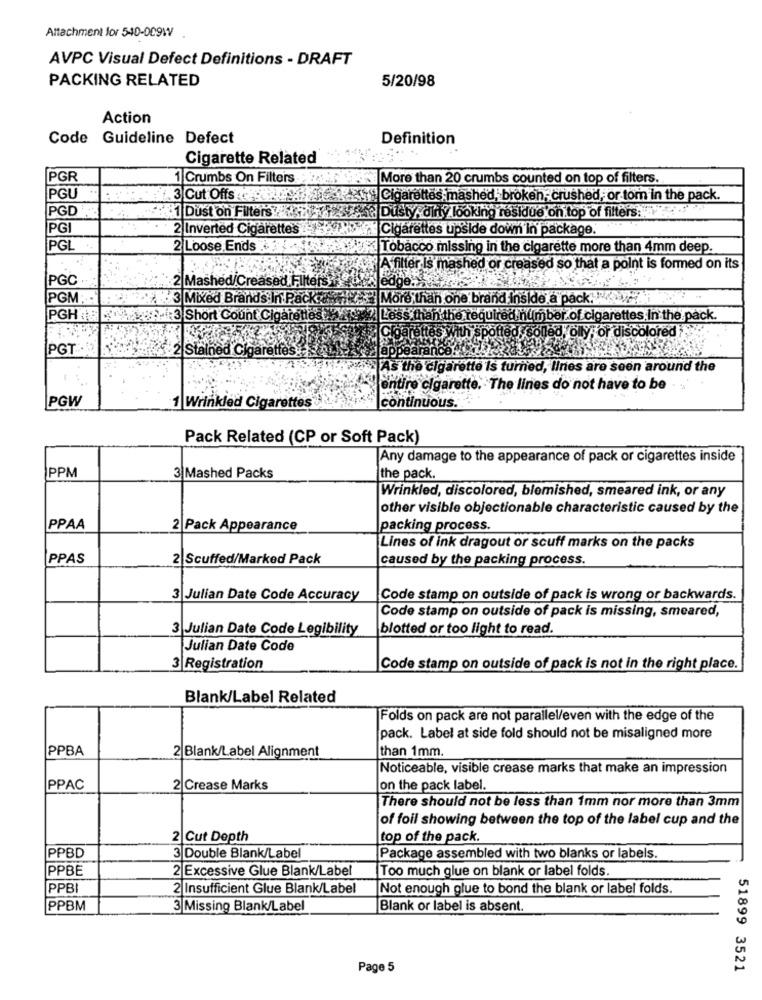
Attachment for 540-009WV
AVPC Visual Defect Definitions - DRAFT
PACKING RELATED
5/20/98
Action
Code Guideline Defect
Definition
Cigarette Related
PGR
1 Crumbs On Filters
More than 20 crumbs counted on top of filters.
PGU
3 Cut Offs
Cigarettes mashed, broken, crushed, or tom in the pack.
PGD
Dusty, dirty looking residue on top of filters:
#1 Dust on Filters 2
PGI
2 Inverted Cigarettes - Cigarettes upside down in package.
PGL
2 Loose Ends
Tobacco missing in the cigarette more than 4mm deep.
mashed or creased so that a point is formed on its
PGC
2 Mashed/Creased Filters
PGM:
3 Mixed Brands In Packva
More than one brand inside a pack:"
PGH 8
3 Short Count Cigarettes
Less than the required number of cigarettes. In the pack.
olly, or discolored
PGT
2 Stained Cigarettes
Daran
IS As the cigarette Is turned, lines are seen around the
entire cigarette. The lines do not have to be
PGW
continuous.
1 Wrinkled Cigarettes
Pack Related (CP or Soft Pack)
Any damage to the appearance of pack or cigarettes inside
PPM
3|Mashed Packs
the pack.
Wrinkled, discolored, blemished, smeared ink, or any
other visible objectionable characteristic caused by the
PPAA
2 Pack Appearance
packing process.
Lines of ink dragout or scuff marks on the packs
IPPAS
2 Scuffed/Marked Pack
caused by the packing process.
3 Julian Date Code Accuracy
Code stamp on outside of pack is wrong or backwards.
Code stamp on outside of pack is missing, smeared,
3 Julian Date Code Legibility
blotted or too light to read.
Julian Date Code
3 Registration
Code stamp on outside of pack is not in the right place.
Blank/Label Related
Folds on pack are not parallel/even with the edge of the
pack. Label at side fold should not be misaligned more
PPBA
2 Blank/Label Alignment
than 1mm.
Noticeable, visible crease marks that make an impression
PPAC
2 Crease Marks
on the pack label.
There should not be less than 1mm nor more than 3mm
of foil showing between the top of the label cup and the
2 Cut Depth
top of the pack.
PPBD
3 Double Blank/Label
Package assembled with two blanks or labels.
PPBE
2 Excessive Glue Blank/Label
Too much glue on blank or label folds.
PPBI
2 Insufficient Glue Blank/Label
Not enough glue to bond the blank or label folds.
PPBM
3 Missing Blank/Label
Blank or label is absent.
Page 5
51899 3521